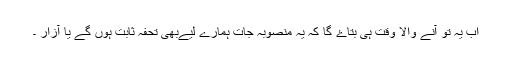
اب یہ تو آنے والا وقت ہی بتاۓ گا کہ یہ منصوبہ جات ہمارے لیےبھی تحفہ ثابت ہوں گے یا آزار ۔